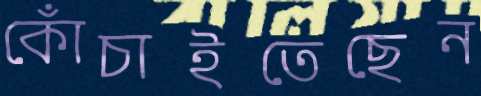
কোঁচাইতেছেন